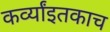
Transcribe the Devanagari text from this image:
कर्व्यांइतकाच